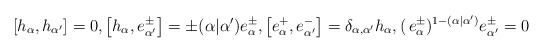
\begin{align*}[h_{\alpha}, h_{\alpha'}]=0,\left[h_{\alpha}, e^\pm_{\alpha'}\right]=\pm (\alpha|\alpha')e^\pm_{\alpha},\left[e^+_{\alpha},e^-_{\alpha'}\right]=\delta_{\alpha,\alpha'}h_{\alpha},(\, e^\pm_{\alpha})^{1-(\alpha|\alpha')}e^\pm_{\alpha'}= 0\end{align*}